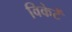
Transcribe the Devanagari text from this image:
विकेटें